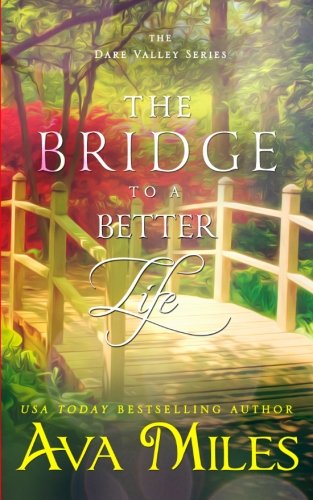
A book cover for The Bridge To A Better Life (Dare Valley) (Volume 8); Ava Miles; Romance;